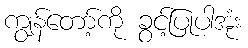
ကျွန်တော့်ကို ခွင့်ပြုပါအုံး